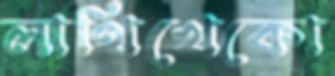
লাথিখেকো